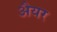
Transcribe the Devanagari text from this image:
अैयर